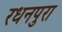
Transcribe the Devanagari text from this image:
रधनपुरा